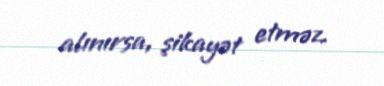
alınırsa, şikayət etməz.